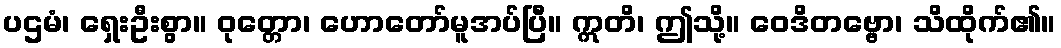
ပဌမံ၊ ရှေးဦးစွာ။ ဝုတ္တော၊ ဟောတော်မူအပ်ပြီ။ ဣတိ၊ ဤသို့။ ဝေဒိတဗ္ဗော၊ သိထိုက်၏။